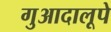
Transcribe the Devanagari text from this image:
गुआदालूपे